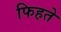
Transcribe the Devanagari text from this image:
फिहते